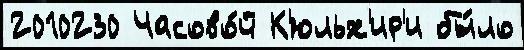
2010230 Часово́й К'юльх'ир'и бы́ло